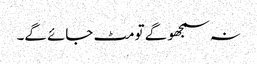
نہ سمجھو گے تو مٹ جائے گے۔